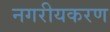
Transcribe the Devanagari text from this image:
नगरीयकरण